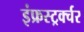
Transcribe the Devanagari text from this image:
इंफ्रस्ट्रर्क्चर